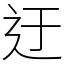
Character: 迂